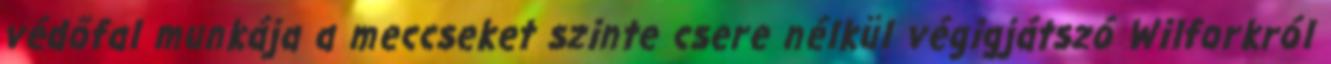
védőfal munkája a meccseket szinte csere nélkül végigjátszó Wilforkról